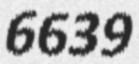
6639